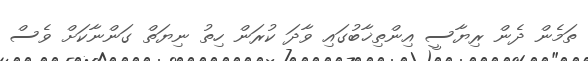
ތަމެން ދެން ރިޔާސީ އިންތިޚާބުގައި ވާދަ ކުރަން ހިތު ނިޔަތް ގަންނާކަށް ވެސް